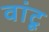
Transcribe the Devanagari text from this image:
वांटू